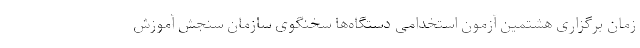
زمان برگزاری هشتمین آزمون استخدامی دستگاه‌ها سخنگوی سازمان سنجش آموزش